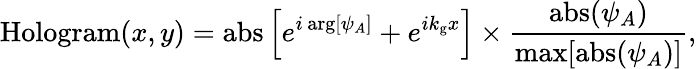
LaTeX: \mathrm{Hologram}(x,y)=\mathrm{abs}\left[e^{i\, \mathrm{arg}[\psi_{A}]}+e^{ik_{\mathrm{g}}x}\right]\times\frac{\mathrm{abs}(\psi_{A})}{\mathrm{max}[\mathrm{abs}(\psi_{A})]},